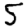
Digit: 5